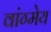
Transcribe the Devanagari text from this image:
वांग्मेय